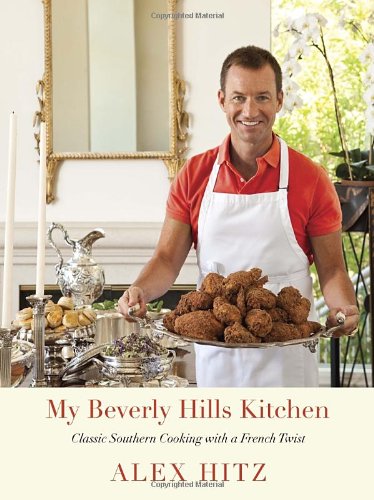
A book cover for My Beverly Hills Kitchen: Classic Southern Cooking with a French Twist; Alex Hitz; Cookbooks, Food & Wine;